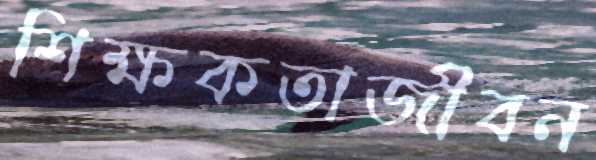
শিক্ষকতাজীবন